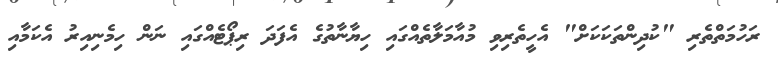
ރަހުމަތްތެރި "ކުދިންތަކަކަށް" އެހީތެރިވި މުއާމަލާތެއްގައި ހިޔާނާތުގެ އެފަދަ ރިޕޯޓެއްގައި ނަން ހިމެނިއިރު އެކަމާއި